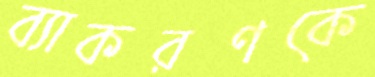
ব্যাকরণকে